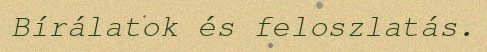
Bírálatok és feloszlatás.